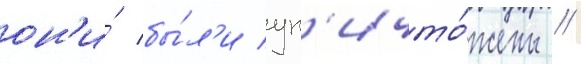
он'и́ бы́л'и ун'ичто́жены /